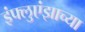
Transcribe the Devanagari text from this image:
इंफ्लुएंझाच्या